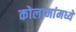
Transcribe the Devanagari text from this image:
कोलामांमध्ये